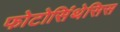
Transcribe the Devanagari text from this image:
फोटोसिंथेसिस